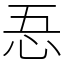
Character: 忢